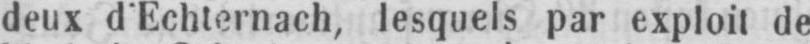
deux d’Echternach, lesquels par exploit de